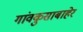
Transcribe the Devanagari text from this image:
गांवकुसाबाहेर